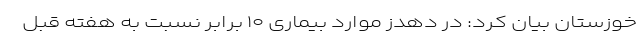
خوزستان بیان کرد: در دهدز موارد بیماری ۱۰ برابر نسبت به هفته قبل